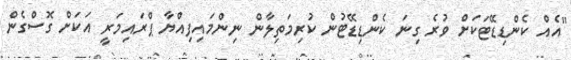
"އެއް ކެންޑިޑޭޓަކަށް ވުރެ ގިނަ ކެންޑިޑޭޓުން ކުރިމަތިލާން ނިންމައިފިއްޔާ ޕްރައިމަރީ އަކަށް ގޮސްގެން